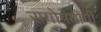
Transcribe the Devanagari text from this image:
रणोपयोगी